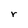
Character: r